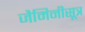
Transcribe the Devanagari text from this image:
जैमिनीसूत्र